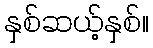
နှစ်ဆယ့်နှစ်။